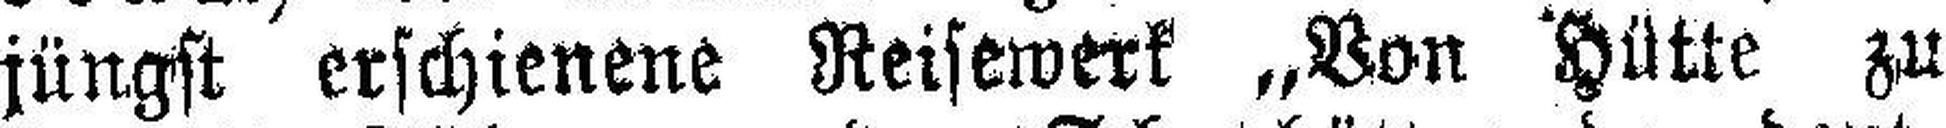
jüngst erschienene Reisewerk „Von Hütte zu